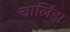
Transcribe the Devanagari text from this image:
चार्लिझ